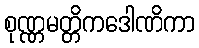
စုဏ္ဏမတ္တိကဒေါဏိကာ